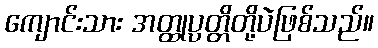
ကျောင်းသား အတ္ထုပ္ပတ္တိတို့ပဲဖြစ်သည်။